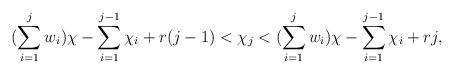
LaTeX: \begin{align*}(\sum\limits_{i=1}^j w_i)\chi - \sum\limits_{i=1}^{j-1}\chi_i + r(j-1) < \chi_j < (\sum\limits_{i=1}^j w_i)\chi - \sum\limits_{i=1}^{j-1}\chi_i + rj,\end{align*}